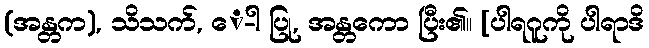
(အန္တက), သိသက်, ေ-ါ ပြု, အန္တကော ပြီး၏။ [ပါရဂူကို ပါရာဒိ